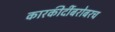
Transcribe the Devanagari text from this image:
कारकीर्दीबरोबरच